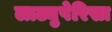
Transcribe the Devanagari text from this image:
लाट्युपेरिसा